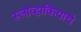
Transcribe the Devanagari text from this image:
स्लोव्हाकियाचे